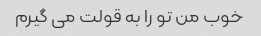
خوب من تو را به قولت می گیرم